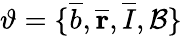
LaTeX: \vartheta=\{ \overline{{b}},\mathbf{\overline{{r}}},\overline{{I}},\mathcal{B}\}